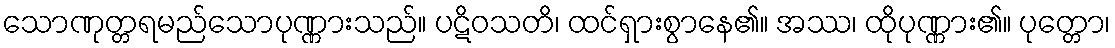
သောဏုတ္တရမည်သောပုဏ္ဏားသည်။ ပဋိဝသတိ၊ ထင်ရှားစွာနေ၏။ အဿ၊ ထိုပုဏ္ဏား၏။ ပုတ္တော၊